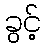
ခွင့်